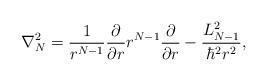
\begin{align*}\nabla_N^2=\frac{1}{r^{N-1}}\frac{\partial}{\partial r}r^{N-1}\frac{\partial}{\partial r} - \frac{L_{N-1}^2}{\hbar^2r^2},\end{align*}